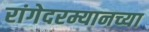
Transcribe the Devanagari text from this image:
रांगेदरम्यानच्या